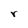
Character: r